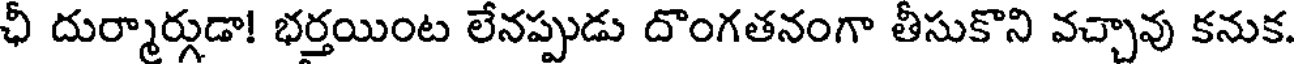
ఛీ దుర్మార్గుడా! భర్తయింట లేనప్పుడు దొంగతనంగా తీసుకొని వచ్చావు కనుక